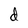
Character: d